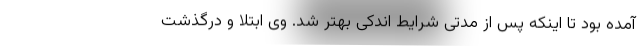
آمده بود تا اینکه پس از مدتی شرایط اندکی بهتر شد. وی ابتلا و درگذشت